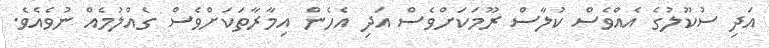
އަދި ސުކޫލުގެ އެއްވެސް ކުލާސް ރޫމަކަށްވެސް އަދި އެހެން އިމާރާތަކަށްވެސް ގެއްލުމެއް ނުވެއެވެ.